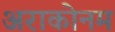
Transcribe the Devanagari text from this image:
अराकोनम